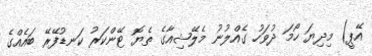
އޭޕީ) މިދިޔަ ހޯމަ ދުވަހު ގެއްލުނު މެލޭޝިއާގެ ތެޔޮ ޓޭންކަރު ކަނޑުފޭރޭ ބައެއްގެ